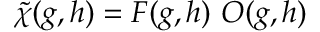
\tilde { \chi } ( g , h ) = { \cal F } ( g , h ) \ { \cal O } ( g , h )